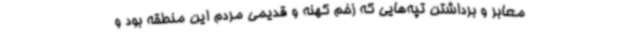
معابر و برداشتن تپه‌هایی که زخم کهنه و قدیمی مردم این منطقه بود و